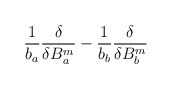
\begin{align*}{1\over b_a}{\delta\over\delta B_a^m} - {1\over b_b}{\delta\over\delta B_b^m}\end{align*}